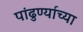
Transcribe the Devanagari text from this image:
पांढुर्ण्याच्या